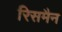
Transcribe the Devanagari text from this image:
रिसमैन